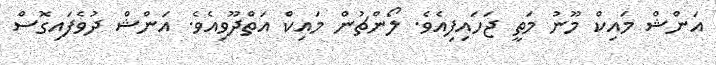
އަންޝް މައިކް މޫނު މަތީ ޖަހައިފިއެވެ. ލޯންޗުން މައިކް އަތްދޫވިއެވެ. އަންޝް ދުވެފައިގޮސް